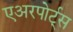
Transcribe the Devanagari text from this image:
एअरपोर्ट्‌स